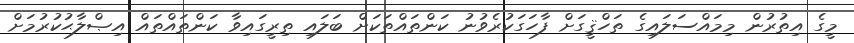
މީގެ އިތުރުން މިމައްސަލައިގެ ތަހްޤީގަށް ފާހަގަކުރެވުނު ކަންތައްތަކަށް ބަލައި ތިރީގައިވާ ކަންތައްތައް އިޞްލާޙުކުރުމަށް